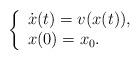
LaTeX: \begin{align*}\left\{ \begin{array}{l} \dot{x}(t)=v(x(t)), \\ x(0)=x_0. \end{array}\right.\end{align*}